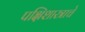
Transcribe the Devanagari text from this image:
पक्षिशास्त्राचे